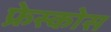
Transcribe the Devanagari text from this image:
फ्रेस्कोस